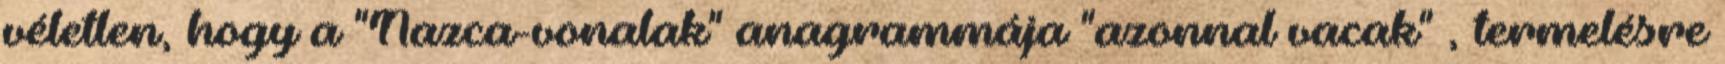
véletlen, hogy a "Nazca-vonalak" anagrammája "azonnal vacak" , termelésre